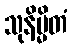
သုနိမ္မိတံ